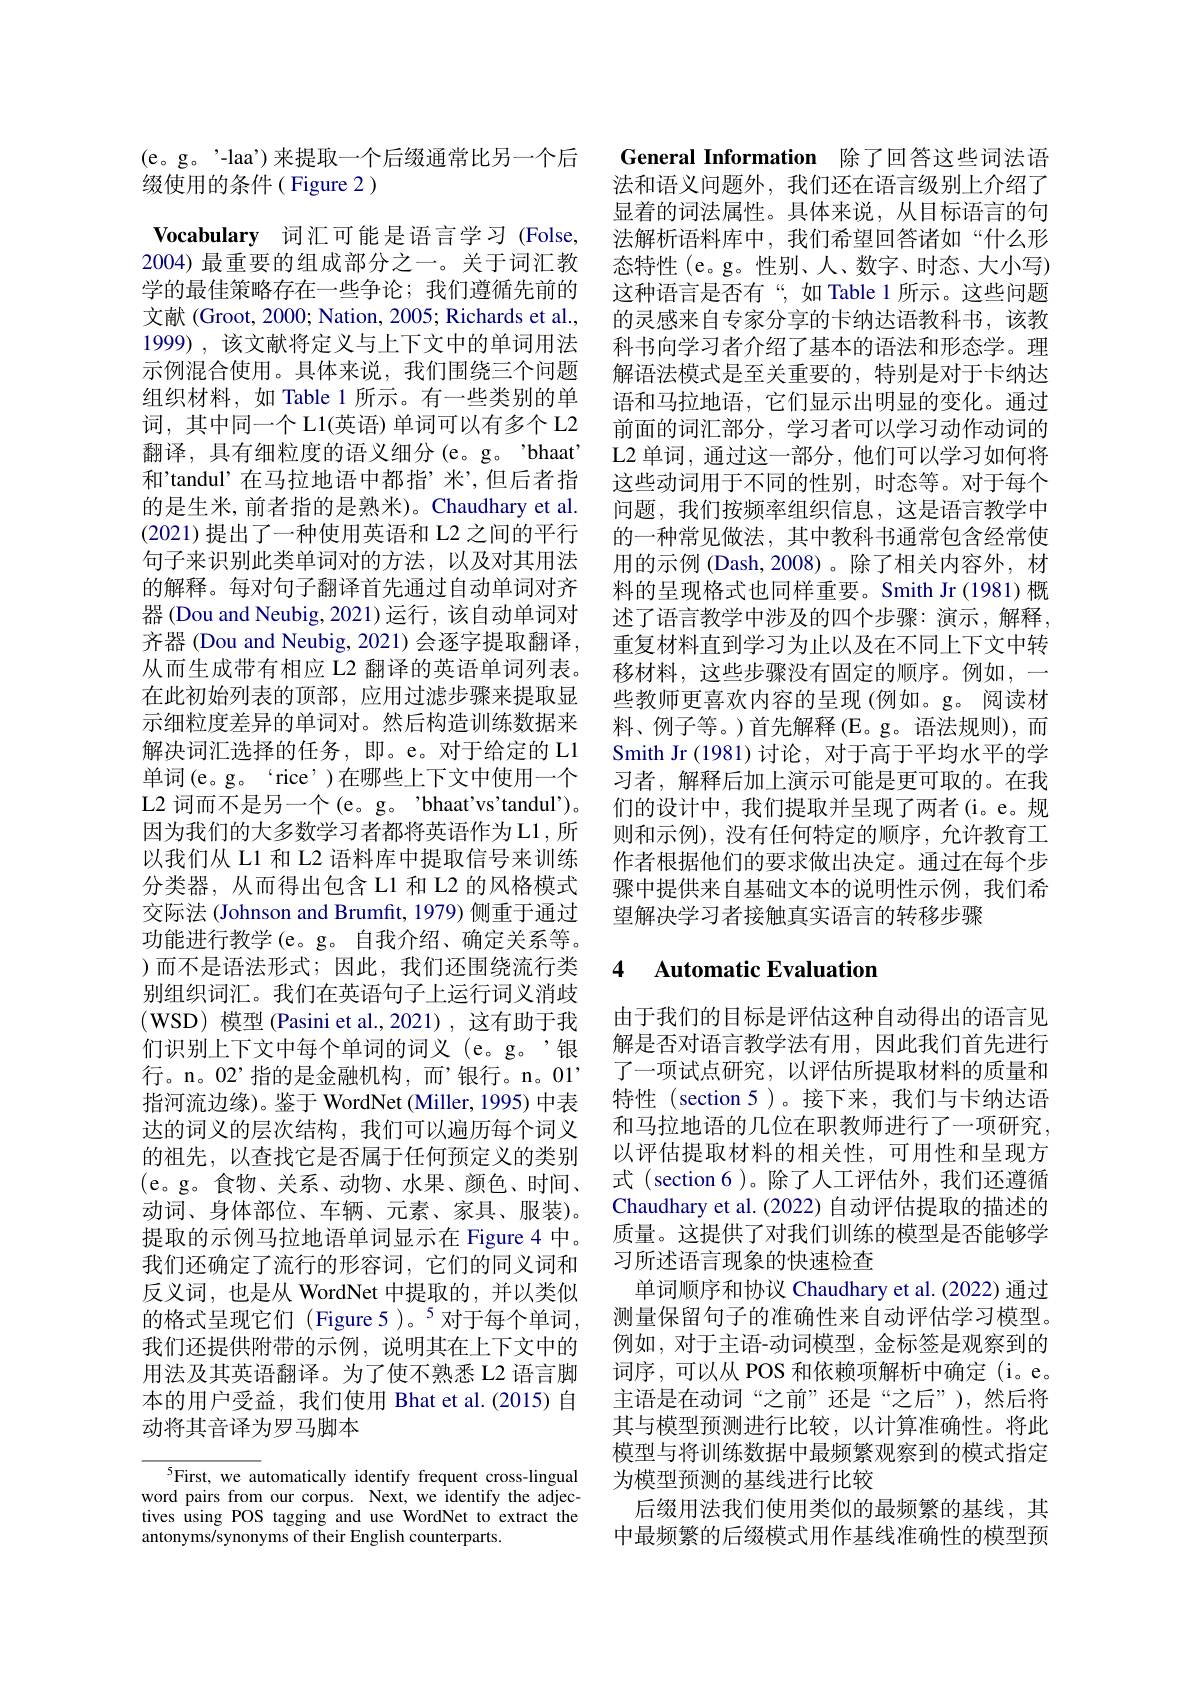
(e。g。'-laa')来提取一个后缀通常比另一个后
缀使用的条件( Figure 2)

Vocabulary 词汇可能是语言学习 (Folse, 2004) 最重要的组成部分之一。关于词汇教学的最佳策略存在一些争论；我们遵循先前的文献 (Groot, 2000; Nation, 2005; Richards et al., 1999) , 该文献将定义与上下文中的单词用法示例混合使用。具体来说，我们围绕三个问题组织材料，如 Table 1 所示。有一些类别的单词，其中同一个 L1(英语) 单词可以有多个 L2翻译，具有细粒度的语义细分(e。g。"bhaat' 和'tandul’在马拉地语中都指’米’,但后者指的是生米，前者指的是熟米)。Chaudhary et al. (2021)提出了一种使用英语和 L2 之间的平行句子来识别此类单词对的方法，以及对其用法的解释。每对句子翻译首先通过自动单词对齐器 (Dou and Neubig, 2021) 运行，该自动单词对齐器 (Dou and Neubig, 2021) 会逐字提取翻译， 从而生成带有相应 L2 翻译的英语单词列表。在此初始列表的顶部，应用过滤步骤来提取显示细粒度差异的单词对。然后构造训练数据来解决词汇选择的任务，即。e。对于给定的 L1单词(e。g。“rice’)在哪些上下文中使用一个L2 词而不是另一个(e。g。"bhaat'vs'tandul')。因为我们的大多数学习者都将英语作为L1，所以我们从 L1 和 L2 语料库中提取信号来训练分类器，从而得出包含 L1 和 L2 的风格模式交际法 (Johnson and Brumfit, 1979) 侧重于通过功能进行教学(e。g。自我介绍、确定关系等。)而不是语法形式；因此，我们还围绕流行类别组织词汇。我们在英语句子上运行词义消歧(WSD) 模型 (Pasini et al.,2021),这有助于我们识别上下文中每个单词的词义(e。g。’银行。n。02’指的是金融机构，而’银行。n。01’ 指河流边缘)。鉴于 WordNet (Miller, 1995) 中表达的词义的层次结构，我们可以遍历每个词义的祖先，以查找它是否属于任何预定义的类别(e。g。食物、关系、动物、水果、颜色、时间、 动词、身体部位、车辆、元素、家具、服装)。提取的示例马拉地语单词显示在 Figure 4 中。我们还确定了流行的形容词，它们的同义词和反义词，也是从 WordNet 中提取的，并以类似的格式呈现它们(Figure 5)。$^5$对于每个单词， 我们还提供附带的示例，说明其在上下文中的用法及其英语翻译。为了使不熟悉 L2 语言脚本的用户受益，我们使用 Bhat et al.(2015)自动将其音译为罗马脚本

$^{5}$First, we automatically identify frequent cross-lingual word pairs from our corpus. Next, we identify the adjectives using POS tagging and use WordNet to extract the antonyms/synonyms of their English counterparts.

General Information 除了回答这些词法语法和语义问题外，我们还在语言级别上介绍了显着的词法属性。具体来说，从目标语言的句法解析语料库中，我们希望回答诸如“什么形态特性(e。g。性别、人、数字、时态、大小写) 这种语言是否有“,如 Table 1 所示。这些问题的灵感来自专家分享的卡纳达语教科书，该教科书向学习者介绍了基本的语法和形态学。理解语法模式是至关重要的，特别是对于卡纳达语和马拉地语，它们显示出明显的变化。通过前面的词汇部分，学习者可以学习动作动词的L2 单词，通过这一部分，他们可以学习如何将这些动词用于不同的性别，时态等。对于每个问题，我们按频率组织信息，这是语言教学中的一种常见做法，其中教科书通常包含经常使用的示例 (Dash,2008)。除了相关内容外，材料的呈现格式也同样重要。Smith Jr(1981)概述了语言教学中涉及的四个步骤：演示，解释， 重复材料直到学习为止以及在不同上下文中转移材料，这些步骤没有固定的顺序。例如，一些教师更喜欢内容的呈现(例如。g。阅读材料、例子等。)首先解释(E。g。语法规则),而Smith Jr (1981) 讨论，对于高于平均水平的学习者，解释后加上演示可能是更可取的。在我们的设计中，我们提取并呈现了两者(i。e。规则和示例),没有任何特定的顺序，允许教育工作者根据他们的要求做出决定。通过在每个步骤中提供来自基础文本的说明性示例，我们希望解决学习者接触真实语言的转移步骤

### 4 $\textbf{Automatic Evaluation}$

由于我们的目标是评估这种自动得出的语言见解是否对语言教学法有用，因此我们首先进行了一项试点研究，以评估所提取材料的质量和特性 (section 5)。接下来，我们与卡纳达语和马拉地语的几位在职教师进行了一项研究， 以评估提取材料的相关性，可用性和呈现方式 (section 6 )。除了人工评估外，我们还遵循Chaudhary et al. (2022) 自动评估提取的描述的质量。这提供了对我们训练的模型是否能够学习所述语言现象的快速检查
单词顺序和协议 Chaudhary et al. (2022) 通过测量保留句子的准确性来自动评估学习模型。例如，对于主语-动词模型，金标签是观察到的词序，可以从 POS 和依赖项解析中确定(i。e。主语是在动词“之前”还是“之后”),然后将其与模型预测进行比较，以计算准确性。将此模型与将训练数据中最频繁观察到的模式指定为模型预测的基线进行比较
后缀用法我们使用类似的最频繁的基线，其中最频繁的后缀模式用作基线准确性的模型预